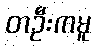
တဦးကမူ